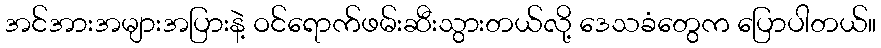
အင်အားအများအပြားနဲ့ ဝင်ရောက်ဖမ်းဆီးသွားတယ်လို့ ဒေသခံတွေက ပြောပါတယ်။